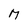
Character: M